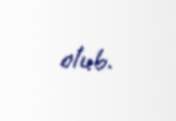
olub.